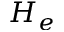
H _ { e }